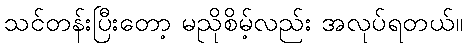
သင်တန်းပြီးတော့ မညိုစိမ့်လည်း အလုပ်ရတယ်။